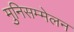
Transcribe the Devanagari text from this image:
मुनिसम्मेलन